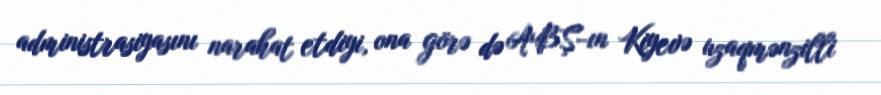
administrasiyasını narahat etdiyi, ona görə də ABŞ-ın Kiyevə uzaqmənzilli